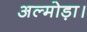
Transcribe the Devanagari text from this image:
अल्मोड़ा।